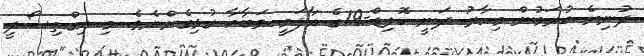
ދުނިޔެ ކުރަމުން މިހާރު ދަނީ ކޮވިޑް-19ގެ އާލަމީ ވަބާއާ ގުޅިގެންނެވެ. މި އިގްތިސޯދީ